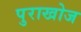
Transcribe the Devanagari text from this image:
पुराखोज